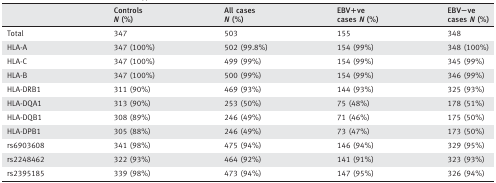
|  | Controls N (%) | All cases N (%) | EBV+ve cases N (%) | EBV−ve cases N (%) |
 | --- | --- | --- | --- | --- |
 | Total | 347 | 503 | 155 | 348 |
 | HLA‐A | 347 (100%) | 502 (99.8%) | 154 (99%) | 348 (100%) |
 | HLA‐C | 347 (100%) | 499 (99%) | 154 (99%) | 345 (99%) |
 | HLA‐B | 347 (100%) | 500 (99%) | 154 (99%) | 346 (99%) |
 | HLA‐DRB1 | 311 (90%) | 469 (93%) | 144 (93%) | 325 (93%) |
 | HLA‐DQA1 | 313 (90%) | 253 (50%) | 75 (48%) | 178 (51%) |
 | HLA‐DQB1 | 308 (89%) | 246 (49%) | 71 (46%) | 175 (50%) |
 | HLA‐DPB1 | 305 (88%) | 246 (49%) | 73 (47%) | 173 (50%) |
 | rs6903608 | 341 (98%) | 475 (94%) | 146 (94%) | 329 (95%) |
 | rs2248462 | 322 (93%) | 464 (92%) | 141 (91%) | 323 (93%) |
 | rs2395185 | 339 (98%) | 473 (94%) | 147 (95%) | 326 (94%) |